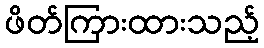
ဖိတ်ကြားထားသည့်